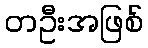
တဦးအဖြစ်